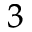
_ 3